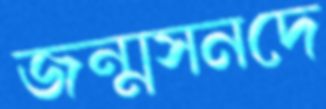
জন্মসনদে